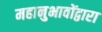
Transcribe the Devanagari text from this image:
महानुभावोंद्वारा